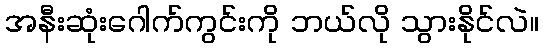
အနီးဆုံးဂေါက်ကွင်းကို ဘယ်လို သွားနိုင်လဲ။